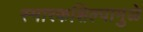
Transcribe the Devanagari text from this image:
स्मारकशिल्पामुळे